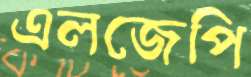
এলজেপি